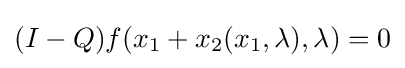
(I-Q)f(x_{1}+x_{2}(x_{1},\lambda ),\lambda )=0